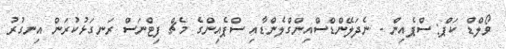
ވޯލްޑް ކަޕް: ސްޕެއިން - ނެދަލޭންޑްސްއިންގްލެންޑާއި ސްޕެއިންގެ މެޗް ފިޓްނަސް ރަނގަޅުކުރަން އިނގުރު